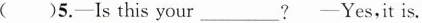
()5.-Is this your___?——Yes,it is.